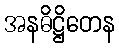
အနဓိဋ္ဌိတေန